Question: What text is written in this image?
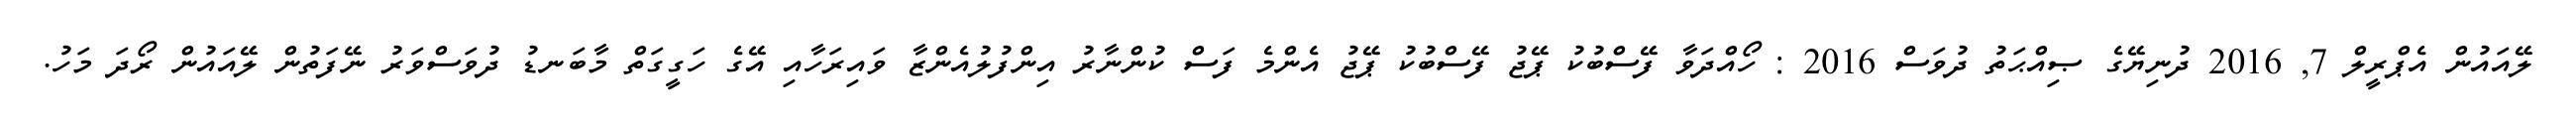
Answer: ލޭއައުން އެޕްރީލް 7, 2016 ދުނިޔޭގެ ޞިއްޙަތު ދުވަސް 2016 : ހޯއްދަވާ ފޭސްބުކު ޕޭޖު ފޭސްބުކު ޕޭޖު އެންމެ ފަސް ކުންނާރު އިންފުލުއެންޒާ ވައިރަހާއި އޭގެ ހަގީގަތް މާބަނޑު ދުވަސްވަރު ނޭފަތުން ލޭއައުން ރޯދަ މަހު.